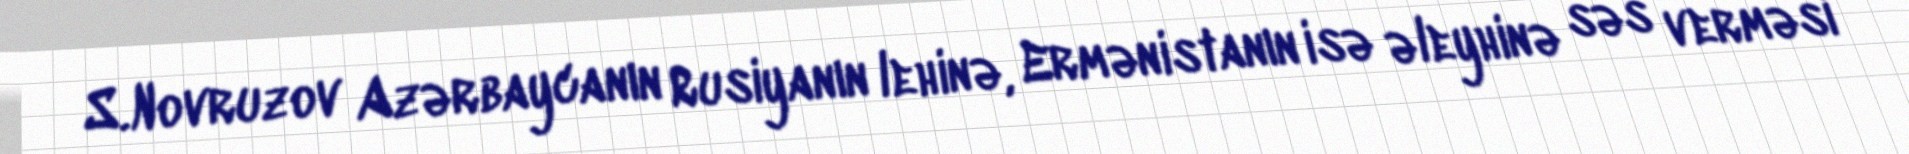
S.Novruzov Azərbaycanın Rusiyanın lehinə, Ermənistanın isə əleyhinə səs verməsi